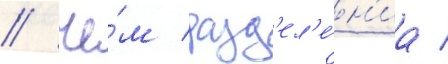
/ че́м разд'ел'е́н'иа /